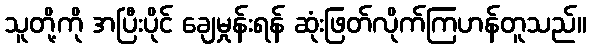
သူတို့ကို အပြီးပိုင် ချေမှုန်းရန် ဆုံးဖြတ်လိုက်ကြဟန်တူသည်။